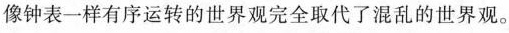
像钟表一样有序运转的世界观完全取代了混乱的世界观。